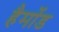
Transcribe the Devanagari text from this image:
हैमोंड